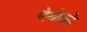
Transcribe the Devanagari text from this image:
बेबोको